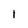
Character: l